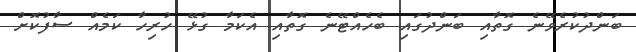
ބަންދުކުރެވޭނެ ގޮތާއި ބަންދުގައި ބެހެއްޓޭނެ ގޮތާއި އެކަމާ ގުޅޭ ހުރިހާ ކަމެއް ސާފުކޮށް